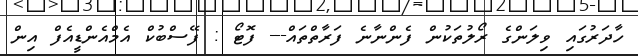
ހާދަރުގައި ވިލަންގެ ރޯލުތަކުން ފެންނާނެ ފަރާތްތައް--- ފޮޓޯ : ފޭސްބުކް އެމްއެންޑީއެފް އިން